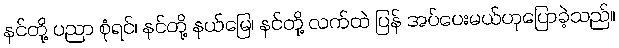
နင်တို့ ပညာ စုံရင်၊ နင်တို့ နယ်မြေ၊ နင်တို့ လက်ထဲ ပြန် အပ်ပေးမယ်ဟုပြောခဲ့သည်။